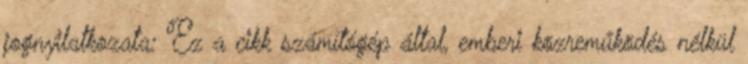
jognyilatkozata: Ez a cikk számítógép által, emberi közreműködés nélkül